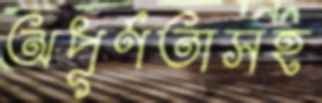
অপূর্ণতাসহ